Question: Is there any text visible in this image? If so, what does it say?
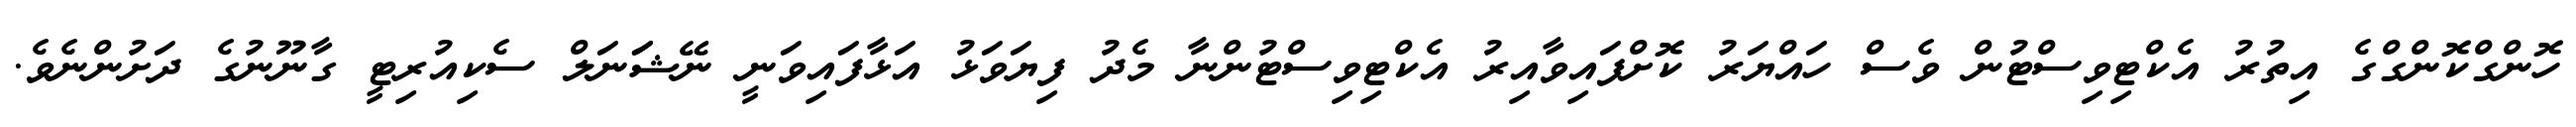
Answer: ހޮންގްކޮންގްގެ އިތުރު އެކްޓިވިސްޓުން ވެސް ހައްޔަރު ކޮށްފައިވާއިރު އެކްޓިވިސްޓުންނާ މެދު ފިޔަވަޅު އަޅާފައިވަނީ ނޭޝަަނަލް ސެކިއުރިޓީ ގާނޫނުގެ ދަށުންނެވެ.